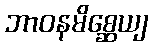
ဘာဝနမိစ္ဆေယျ